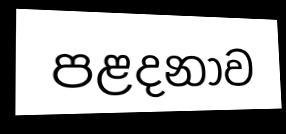
පළදනාව